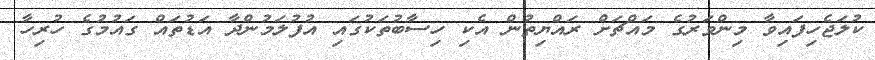
ކުލަޖެހިފައިވާ މިންވަރުގެ މައްޗަށް ރައްޔިތުން އެކި ހިސާބުތަކުގައި އުފުލަމުންދާ އަޑުތައް ގައުމުގެ ހުރިހާ